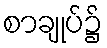
စာချုပ်၌